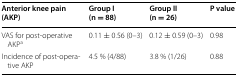
<table><thead><tr><td><b>Anterior knee pain (AKP)</b></td><td><b>Group I(n = 88)</b></td><td><b>Group II(n = 26)</b></td><td><b>P value</b></td></tr></thead><tbody><tr><td>VAS for post-operative AKP<sup>a</sup></td><td>0.11 ± 0.56 (0–3)</td><td>0.12 ± 0.59 (0–3)</td><td>0.98</td></tr><tr><td>Incidence of post-operative AKP</td><td>4.5 % (4/88)</td><td>3.8 % (1/26)</td><td>0.88</td></tr></tbody></table>